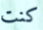
كنت